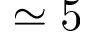
\simeq 5